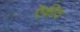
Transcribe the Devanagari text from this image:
ऎकीव